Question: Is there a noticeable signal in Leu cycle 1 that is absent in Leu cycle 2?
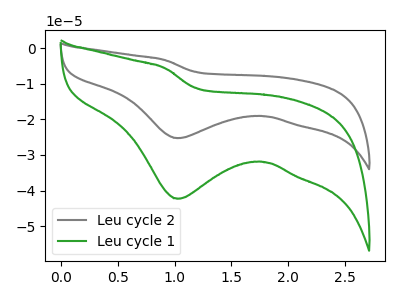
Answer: <think>The gray curve "Leu cycle 2" has a cathodic peak at: (1.05V, -25.30uA). The green curve "Leu cycle 1" has a cathodic peak at: (1.05V, -42.30uA).
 All the peaks in "Leu cycle 1" have a peak in "Leu cycle 2" at the same potential. Every peak in "Leu cycle 1" is higher than every peak in "Leu cycle 2".</think>
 <answer>No, "Leu cycle 1" and "Leu cycle 2" don't appear to be significantly different in shape</answer>
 <eval>no_change</eval>